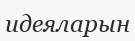
идеяларын